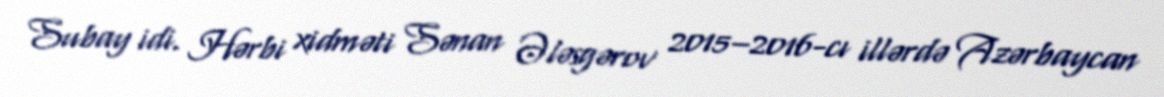
Subay idi. Hərbi xidməti Sənan Ələsgərov 2015–2016-cı illərdə Azərbaycan